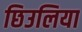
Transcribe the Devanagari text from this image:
छिउलिया